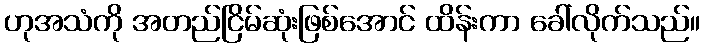
ဟုအသံကို အတည်ငြိမ်ဆုံးဖြစ်အောင် ထိန်းကာ ခေါ်လိုက်သည်။